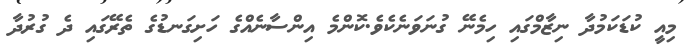
މިއީ ކުޑަކަމުދާ ނިޒާމްގައި ހިމެނޭ ގުނަވަނެކެވެ.ކޮންމެ އިންސާނެއްގެ ހަށިގަނޑުގެ ތެރޭގައި ދެ ގުރުދާ